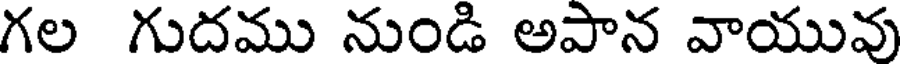
గల గుదము నుండి అపాన వాయువు